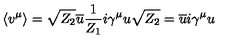
\langle v ^ { \mu } \rangle = \sqrt { Z _ { 2 } } \overline { { u } } { \frac { 1 } { Z _ { 1 } } } i \gamma ^ { \mu } u \sqrt { Z _ { 2 } } = \overline { { u } } i \gamma ^ { \mu } u